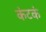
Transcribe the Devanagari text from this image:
कंटकं